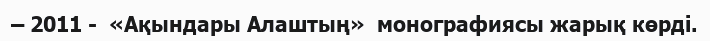
– 2011 -  «Ақындары Алаштың»  монографиясы жарық көрді.